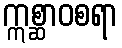
ဣစ္ဆာဝစရာ